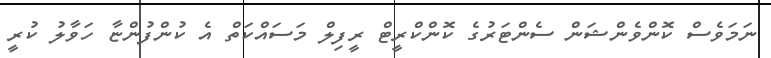
ނަމަވެސް ކޮންވެންޝަން ސެންޓަރުގެ ކޮންކްރީޓް ރީފިލް މަސައްކަތް އެ ކުންފުންޏާ ހަވާލު ކުރީ